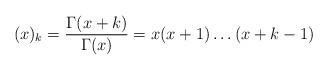
LaTeX: \begin{align*}(x)_k = \frac{\Gamma(x+k)}{\Gamma(x)} = x(x+1)\dots(x+k-1)\end{align*}